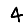
Digit: 4